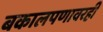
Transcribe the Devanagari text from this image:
बकालपणावरही